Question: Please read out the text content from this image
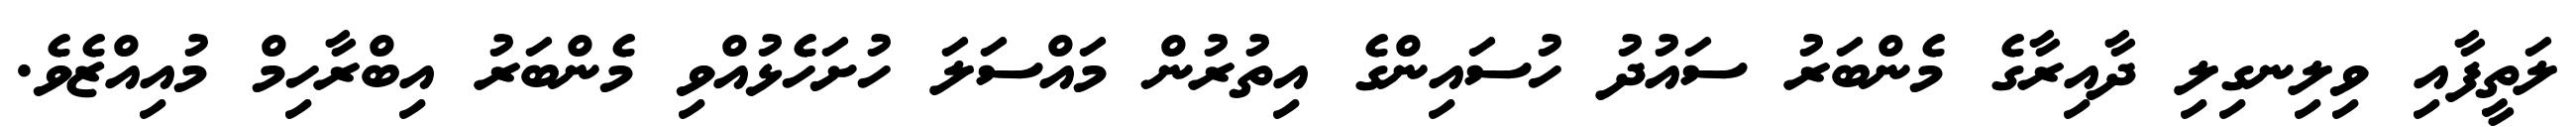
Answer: ލަތީފާއި ވިލިނގިލި ދާއިރާގެ މެންބަރު ސައުދު ހުސައިންގެ އިތުރުން މައްސަލަ ހުށަހެޅުއްވި މެންބަރު އިބްރާހިމް މުއިއްޒެވެ.